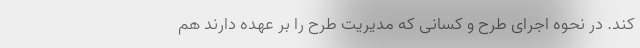
کند. در نحوه اجرای طرح و کسانی که مدیریت طرح را بر عهده دارند هم